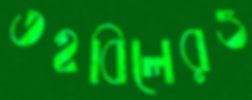
তহবিলেরও